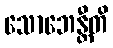
သောဘေန္တီတိ